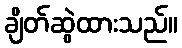
ချိတ်ဆွဲထားသည်။